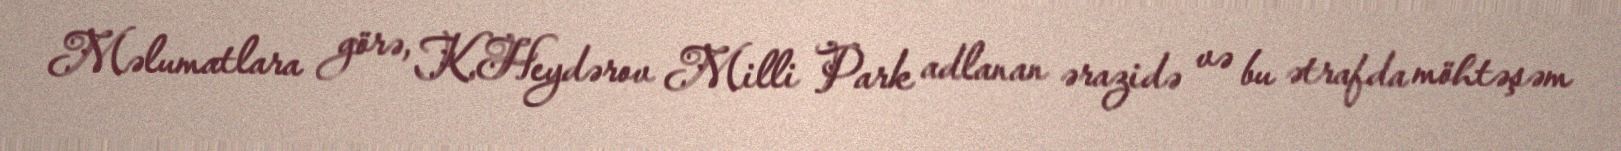
Məlumatlara görə, K.Heydərov Milli Park adlanan ərazidə və bu ətrafda möhtəşəm